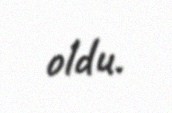
oldu.